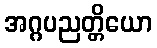
အဂ္ဂပညတ္တိယော